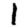
Digit: 1